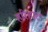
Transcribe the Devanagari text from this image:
हरिहाट